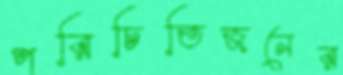
পরিচিতিজনের